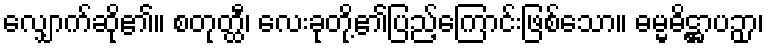
လျှောက်ဆို၏။ စတုတ္ထီ၊ လေးခုတို့၏ပြည့်ကြောင်းဖြစ်သော။ ဓမ္မဓိဋ္ဌာပဉှာ၊